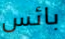
بائس